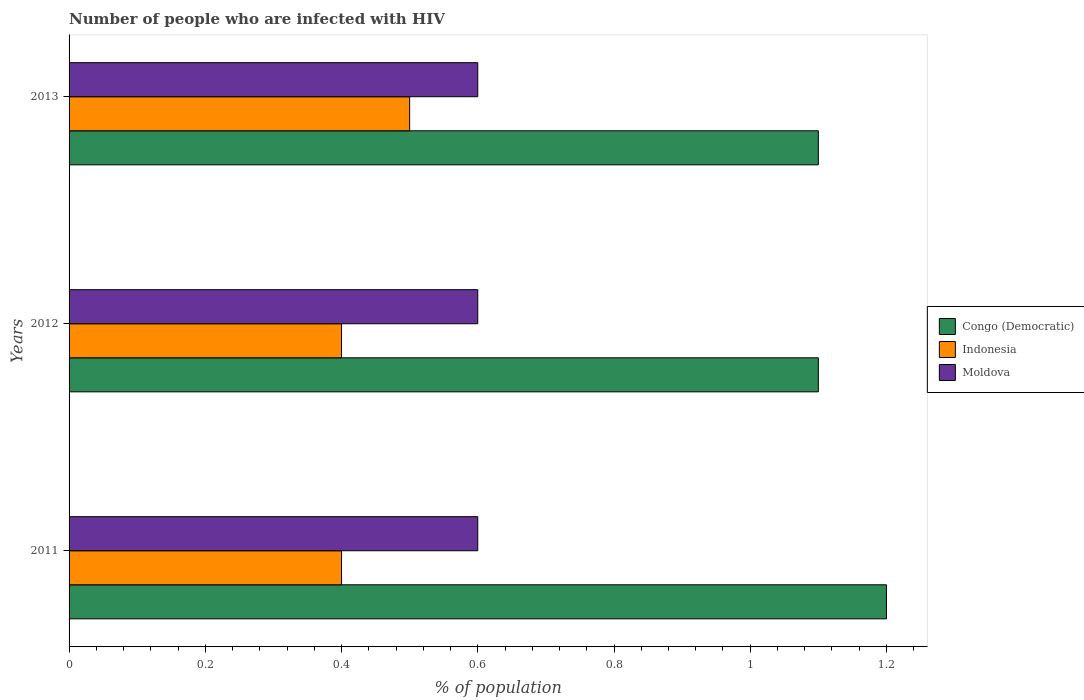
| Years | Congo (Democratic) | Indonesia | Moldova |
 | --- | --- | --- | --- |
 | 2011 | 1.2 | 0.4 | 0.6 |
 | 2012 | 1.1 | 0.4 | 0.6 |
 | 2013 | 1.1 | 0.5 | 0.6 |